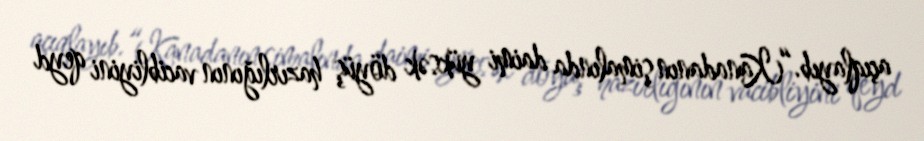
açıqlayıb.“Kanadanın şimalında daimi yüksək döyüş hazırlığının vacibliyini qeyd